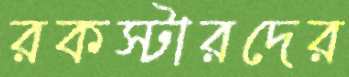
রকস্টারদের